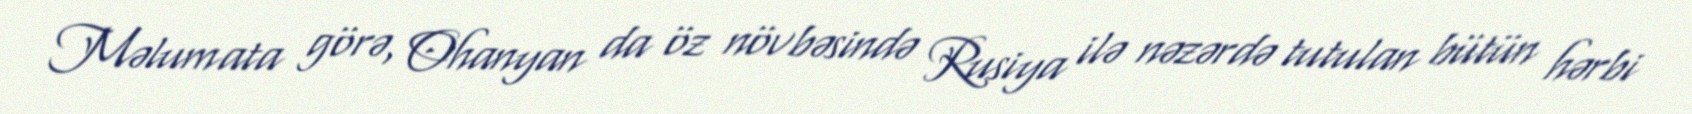
Məlumata görə, Ohanyan da öz növbəsində Rusiya ilə nəzərdə tutulan bütün hərbi